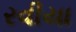
રવીયા